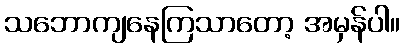
သဘောကျနေကြသာတော့ အမှန်ပါ။